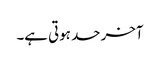
آخر حد ہوتی ہے۔